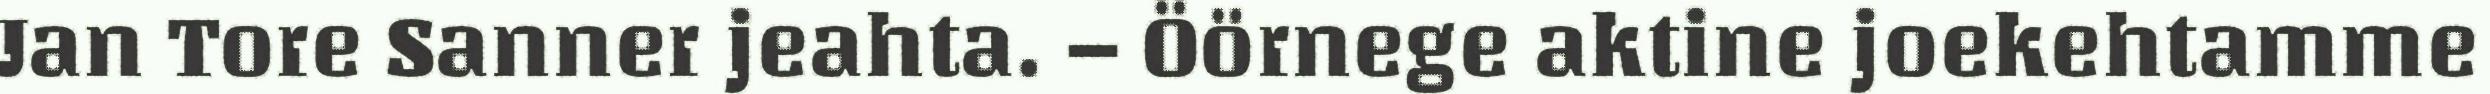
Jan Tore Sanner jeahta. – Öörnege aktine joekehtamme